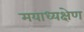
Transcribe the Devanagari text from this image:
मयाध्यक्षेण